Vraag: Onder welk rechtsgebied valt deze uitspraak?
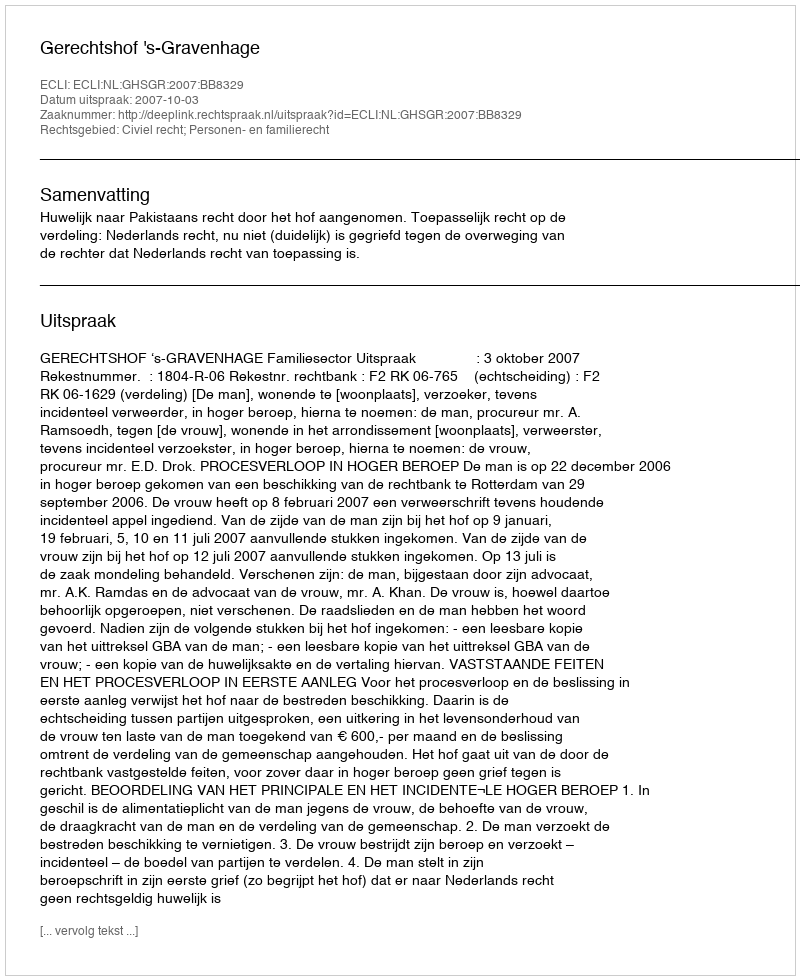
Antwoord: Civiel recht; Personen- en familierecht